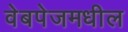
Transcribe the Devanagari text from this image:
वेबपेजमधील